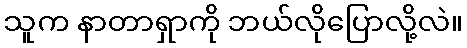
သူက နာတာရှာကို ဘယ်လိုပြောလို့လဲ။